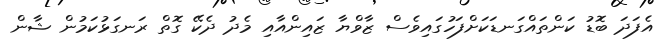
އެފަދަ ބޮޑު ކަންތައްގަނޑަކަށްފަހުގައިވެސް ޒާވްޔާ ޒައިންއާއި މެދު ދެކޭ ގޮތް ރަނގަޅުކަމުން ޝާން